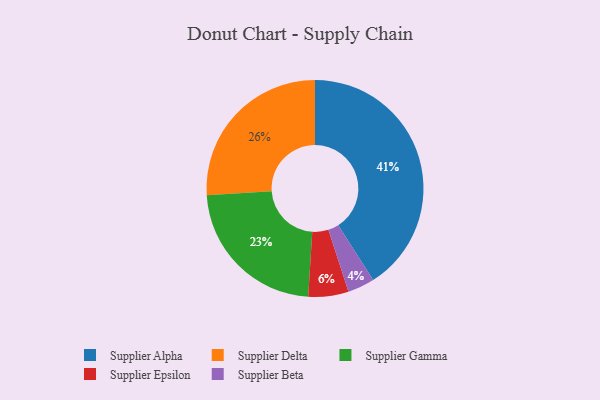
{"axis": {"x": "Category", "y": "Percentage"}, "legend": ["Supplier Alpha", "Supplier Beta", "Supplier Delta", "Supplier Epsilon", "Supplier Gamma"], "data": [{"x": "Supplier Delta", "y": 26, "type": "Supplier Delta"}, {"x": "Supplier Beta", "y": 4, "type": "Supplier Beta"}, {"x": "Supplier Epsilon", "y": 6, "type": "Supplier Epsilon"}, {"x": "Supplier Gamma", "y": 23, "type": "Supplier Gamma"}, {"x": "Supplier Alpha", "y": 41, "type": "Supplier Alpha"}]}